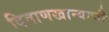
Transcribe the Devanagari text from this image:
दिवाणखान्याची